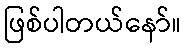
ဖြစ်ပါတယ်နော်။